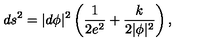
d s ^ { 2 } = | d \phi | ^ { 2 } \left( \frac { 1 } { 2 e ^ { 2 } } + \frac { k } { 2 | \phi | ^ { 2 } } \right) ,